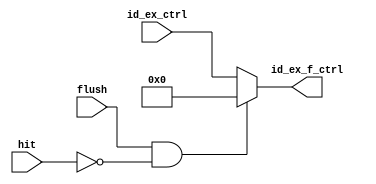
module ID_EX_FLUSH
(
    input           flush           ,
    input           hit             ,
    input   [5:0]   id_ex_ctrl      ,

    output  [5:0]   id_ex_f_ctrl
);

    assign id_ex_f_ctrl = (flush && !hit) ? 6'b0 : id_ex_ctrl;
    
endmodule